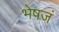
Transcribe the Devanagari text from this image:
भेषजं